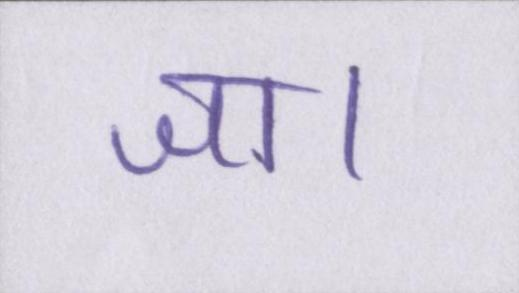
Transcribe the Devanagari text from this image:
जा।